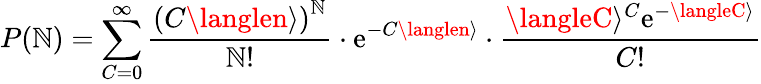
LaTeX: P(\mathbb{N})=\sum_{C=0}^{\infty}\frac{{\left(C\langlen\rangle\right)^{\mathbb{N}}}}{{\mathbb{N}!}}\cdot\mathrm{{e}}^{-C\langlen\rangle}\cdot\frac{{\langleC\rangle^{C}\mathrm{{e}}^{-\langleC\rangle}}}{{C!}}